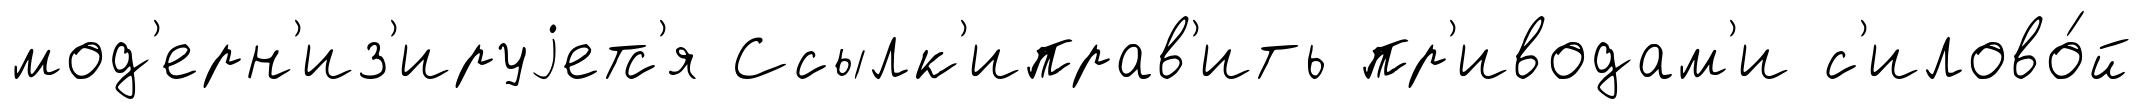
мод'ерн'из'ируjетс'я Ссылк'иправ'ить пр'иводам'и с'илово́й